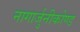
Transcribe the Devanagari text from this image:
नागार्जुनीकोण्ड